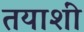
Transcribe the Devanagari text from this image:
तयाशीं